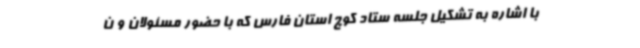
با اشاره به تشکیل جلسه ستاد کوچ استان فارس که با حضور مسئولان و ن